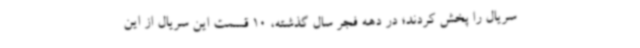
سریال را پخش کردند؛ در دهه فجر سال گذشته، 10 قسمت این سریال از این